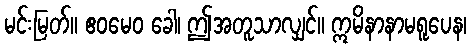
မင်းမြတ်။ ဧဝမေဝ ခေါ၊ ဤအတူသာလျှင်။ ဣမိနာနာမရူပေန၊